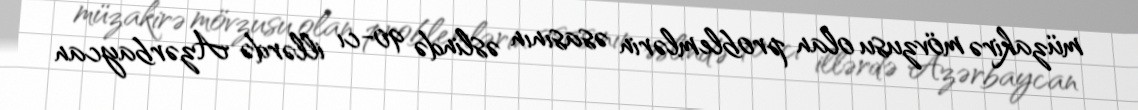
müzakirə mövzusu olan problemlərin əsasının əslində 90-cı illərdə Azərbaycan